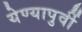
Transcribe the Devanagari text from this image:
येण्यापुर्वी